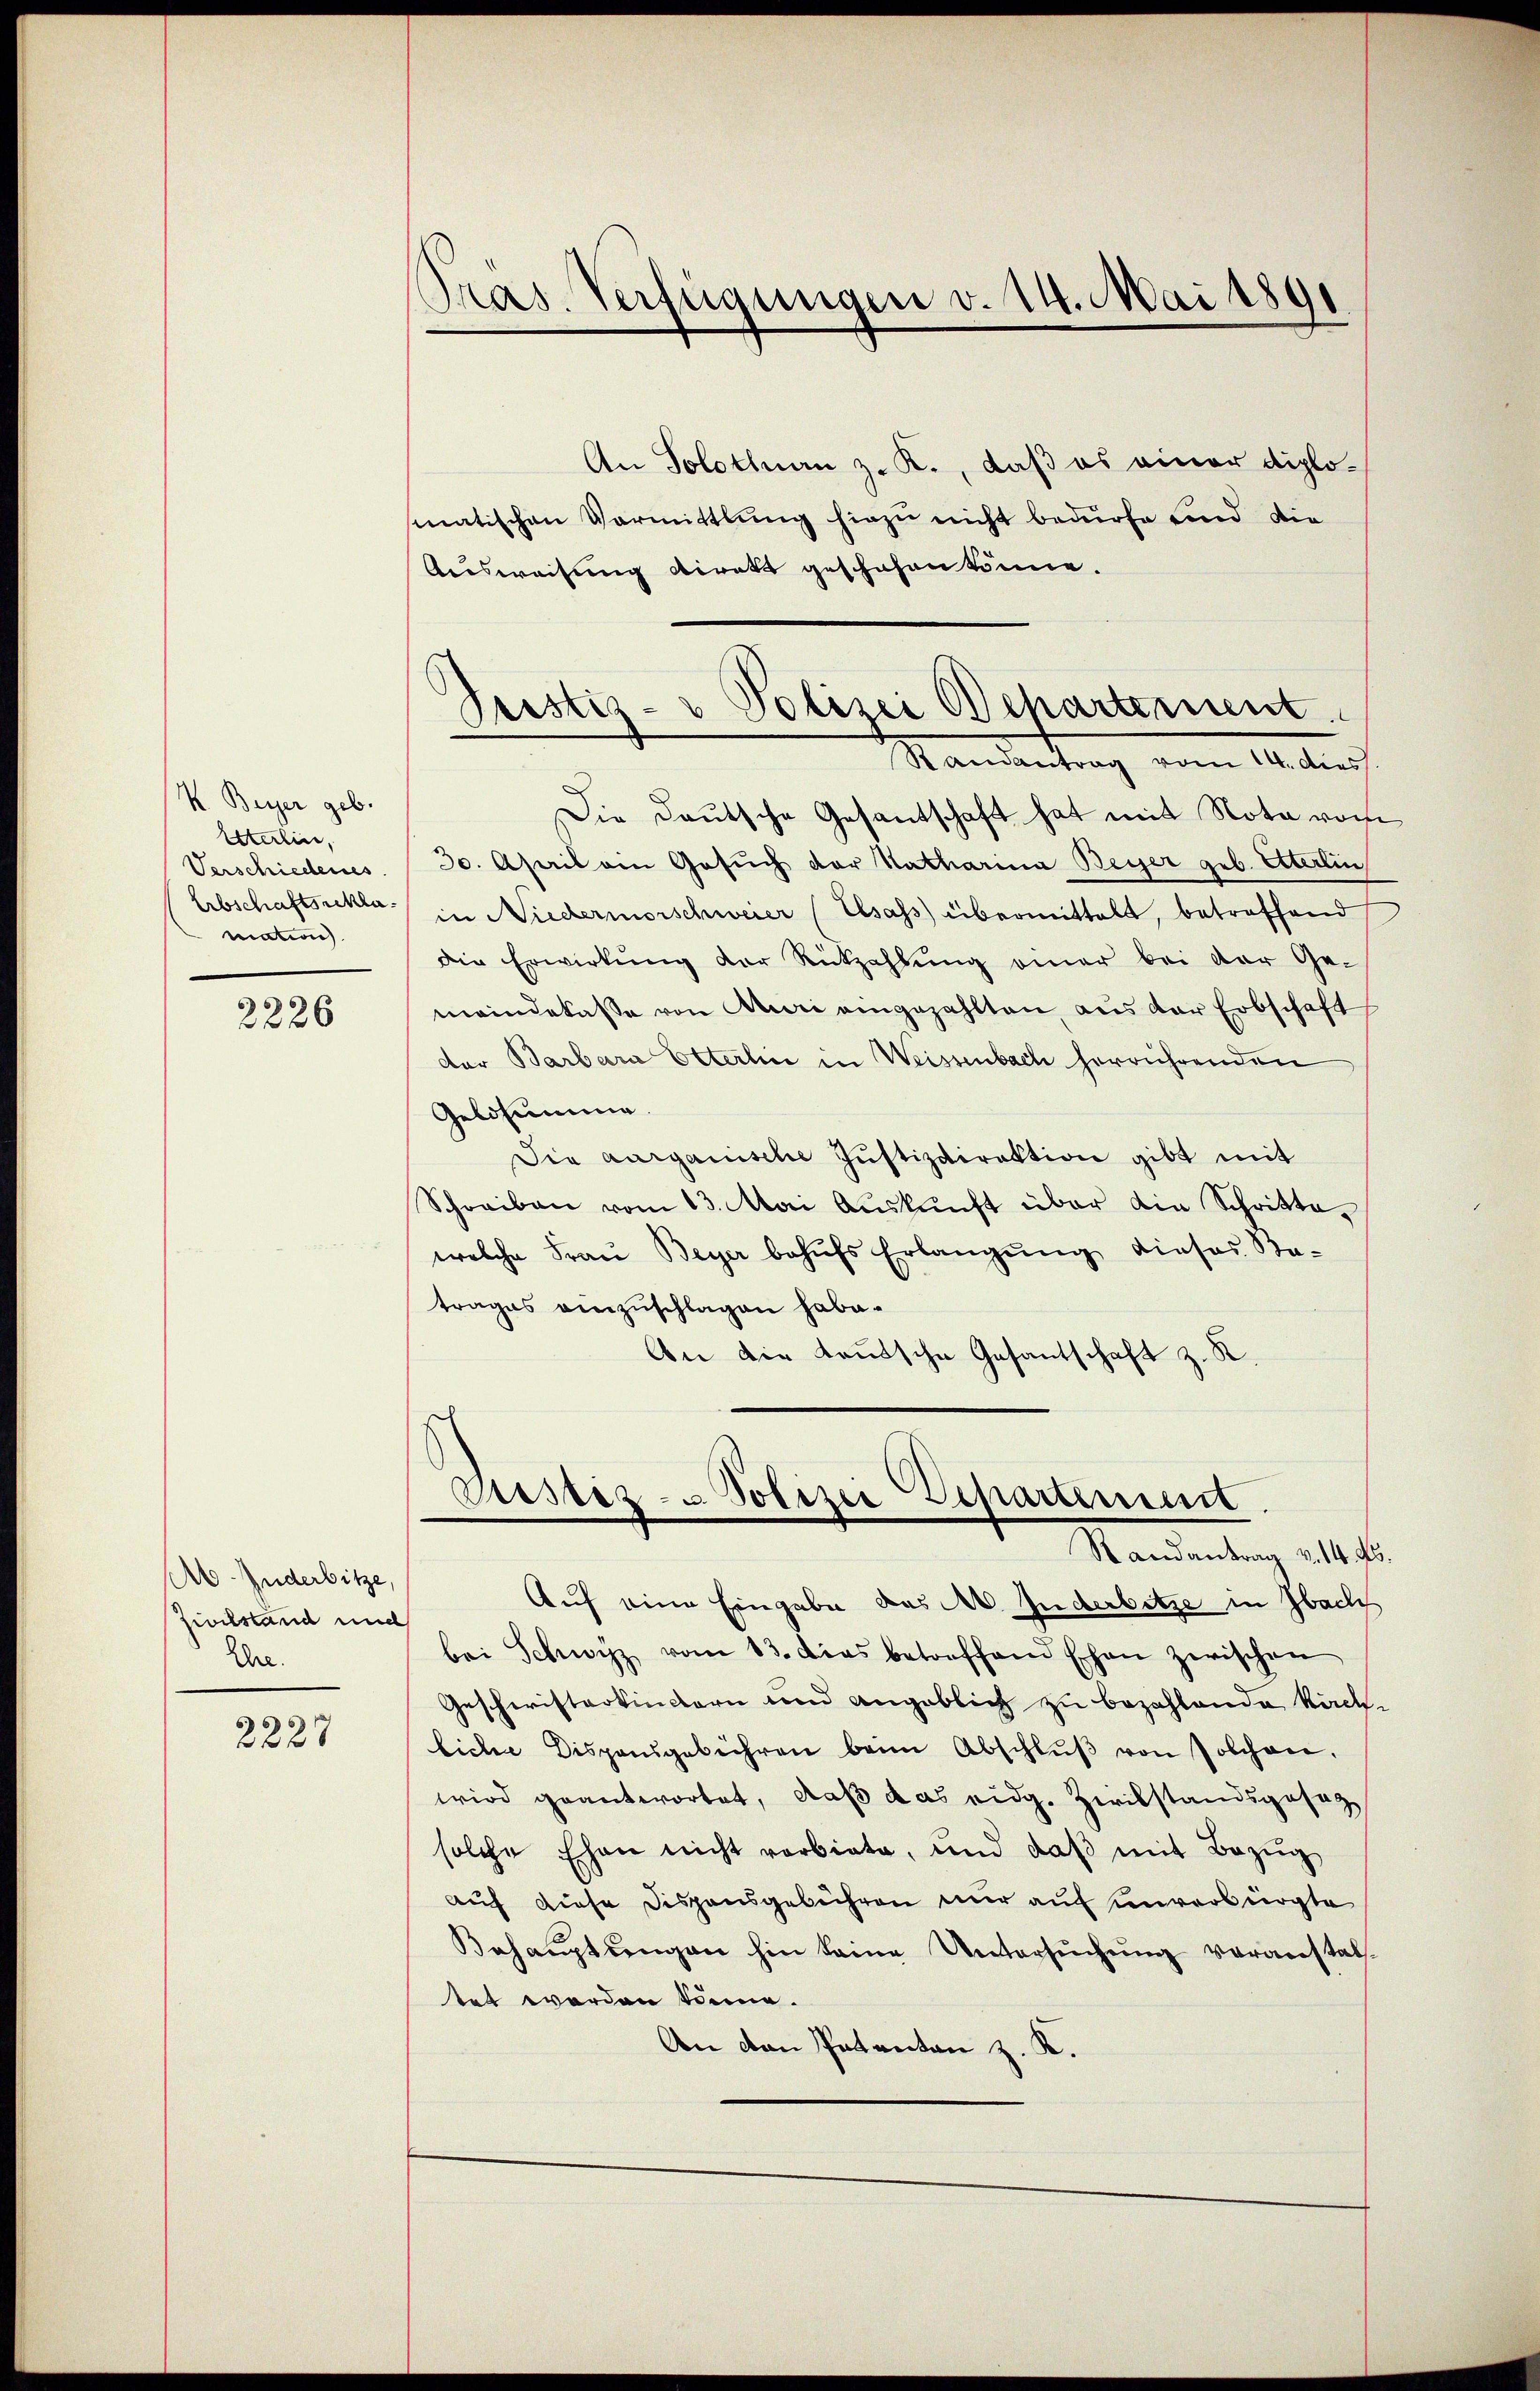
K. Beÿer geb.
Etterlin,
Verschiedenes
Erbschaftsschlamation.

2226

Ab. Zuderbitze,
Zivilstand und
Ehre.

2227

Pras. Verfügungen v. 14. Mai 1891

d
Polizei Departement
Justiz-
Randantrag vom 14. dies

An Solothurn z. K., daß es einer diplomatischen Vormittlung hiezu nicht bedürfe und die
Ausweisung dirett geschehen könne.
Die Deutsche Gesantschaft hat mit Nota vom
30. April ain Gesŭch der Natharina Beyer geb. Alterlin
in Niedermorschweier (Elsass übermittelt, betreffend
die Erwirkŭng der Rückzahlŭng einer bei der Ge-
meindekasse von Muri eingezahlten aus der Erbschaft
der Barbara Etterlin in Weissenbach herrührenden
Gelosung.
Sie aarganische Justizdirektion gibt mit
Schreiben vom 13. Mai Auskunft über ein Schritte,
welche Fraŭ Beyer behŭfs Erlangŭng dieses Ba-
trages einzuschlagen habe.
An die Teutsche Gesantschaft z. R.

Cister - Polizei Departement
Namentag als d

Auf eine Eingabe das A. Inderbetze in Ibach
bei Schwyz vom 13. das betreffend Ehen zwischen
Gescheristerkindern und angeblich zu bezahlende Kirchliche Dispensgebühren beim Abschlŭβ von solchen,
wird geantwortet, daß das eidg. Zwilstandsgesag
solche Ehen nicht verbiete, und daß mit Bezug
auf diese Disponsgebühren nur auf einverbürgte
Behauptungen hin keine Untersŭchŭng veranstattet werden könne.
An den Petenten z. K.